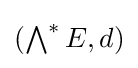
{\textstyle (\bigwedge ^{*}E,d)}